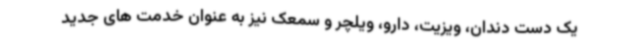
یک دست دندان، ویزیت، دارو، ویلچر و سمعک نیز به عنوان خدمت های جدید